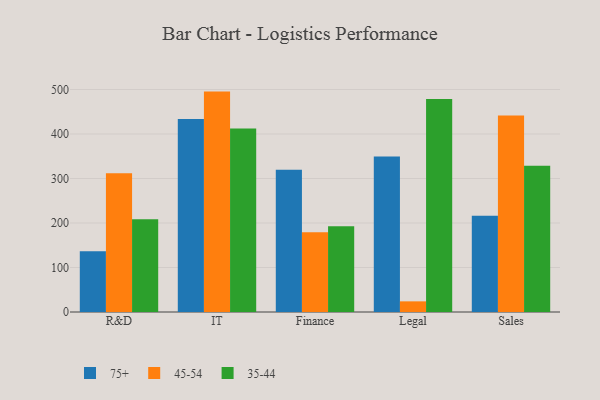
{"axis": {"x": "Department", "y": "Temperature (°C)"}, "legend": ["35-44", "45-54", "75+"], "data": [{"x": "R&D", "y": 136.4, "type": "75+"}, {"x": "R&D", "y": 312.0, "type": "45-54"}, {"x": "R&D", "y": 208.3, "type": "35-44"}, {"x": "IT", "y": 433.6, "type": "75+"}, {"x": "IT", "y": 495.3, "type": "45-54"}, {"x": "IT", "y": 412.6, "type": "35-44"}, {"x": "Finance", "y": 319.9, "type": "75+"}, {"x": "Finance", "y": 179.0, "type": "45-54"}, {"x": "Finance", "y": 192.6, "type": "35-44"}, {"x": "Legal", "y": 349.3, "type": "75+"}, {"x": "Legal", "y": 23.9, "type": "45-54"}, {"x": "Legal", "y": 478.8, "type": "35-44"}, {"x": "Sales", "y": 216.5, "type": "75+"}, {"x": "Sales", "y": 441.7, "type": "45-54"}, {"x": "Sales", "y": 328.8, "type": "35-44"}]}